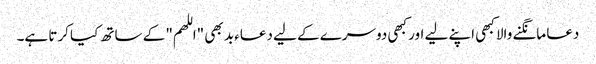
دعا مانگنے والا کبھی اپنے لیے اور کبھی دوسرے کے لیے دعاء بد بھی "اللھم" کے ساتھ کیا کرتا ہے۔